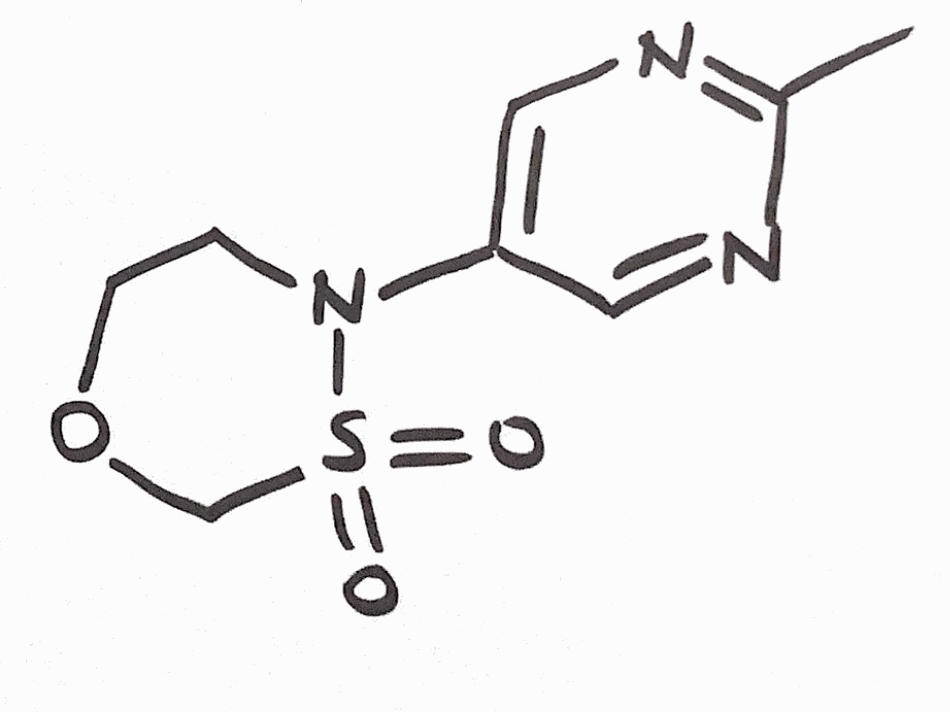
Simplified molecular-input line-entry system (SMILES) notation of the given molecule:
CC1=NC=C(C=N1)N2CCOCS2(=O)=O